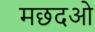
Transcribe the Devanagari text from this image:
मछदओ